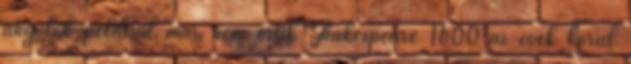
angolok például már nem értik Shakespeare 1600-as évek körül